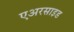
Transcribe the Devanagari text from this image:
एअरसाइड